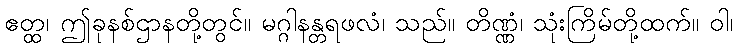
ဧတ္ထ၊ ဤခုနစ်ဌာနတို့တွင်။ မဂ္ဂါနန္တရဖလံ၊ သည်။ တိဏ္ဏံ၊ သုံးကြိမ်တို့ထက်။ ဝါ၊